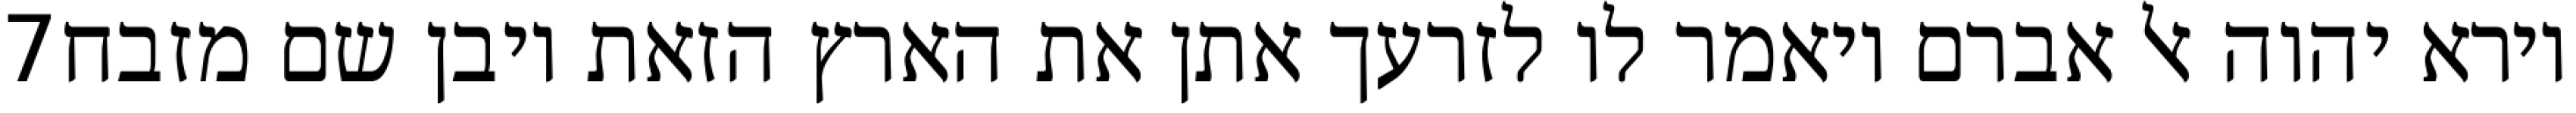
‎7‏ וירא יהוה אל אברם ויאמר לו לזרעך אתן את הארץ הזאת ויבן שם מזבח